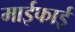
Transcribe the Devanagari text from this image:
माईफाई